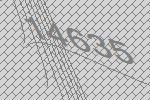
14635